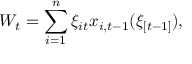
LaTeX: W _ { t } = \sum _ { i = 1 } ^ { n } \xi _ { i t } x _ { i , t - 1 } ( \xi _ { [ t - 1 ] } ) ,